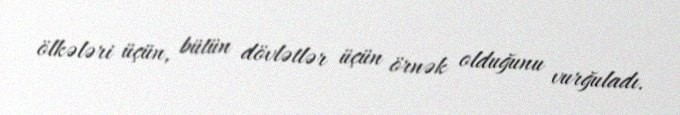
ölkələri üçün, bütün dövlətlər üçün örnək olduğunu vurğuladı.